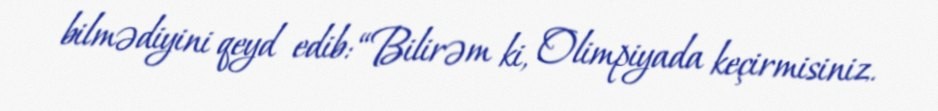
bilmədiyini qeyd edib: “Bilirəm ki, Olimpiyada keçirmisiniz.